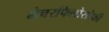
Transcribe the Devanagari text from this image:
नेचरफिलोसोफी